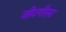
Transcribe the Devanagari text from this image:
जीटगीस्ट